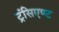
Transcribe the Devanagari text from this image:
ट्रंसिएण्ट